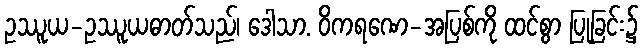
ဥဿူယ-ဥဿူယဓာတ်သည်၊ ဒေါသာ. ဝိကရဏေ-အပြစ်ကို ထင်စွာ ပြုခြင်း၌